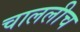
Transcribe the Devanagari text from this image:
चाललीच